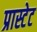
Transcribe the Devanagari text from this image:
प्रास्टेट